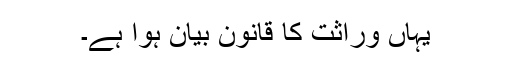
یہاں وراثت کا قانون بیان ہوا ہے۔